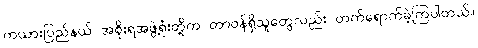
ကယားပြည်နယ် အစိုးရအဖွဲ့ရုံးတို့က တာဝန်ရှိသူတွေလည်း တက်ရောက်ခဲ့ကြပါတယ်။